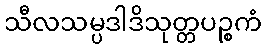
သီလသမ္ပဒါဒိသုတ္တပဉ္စကံ